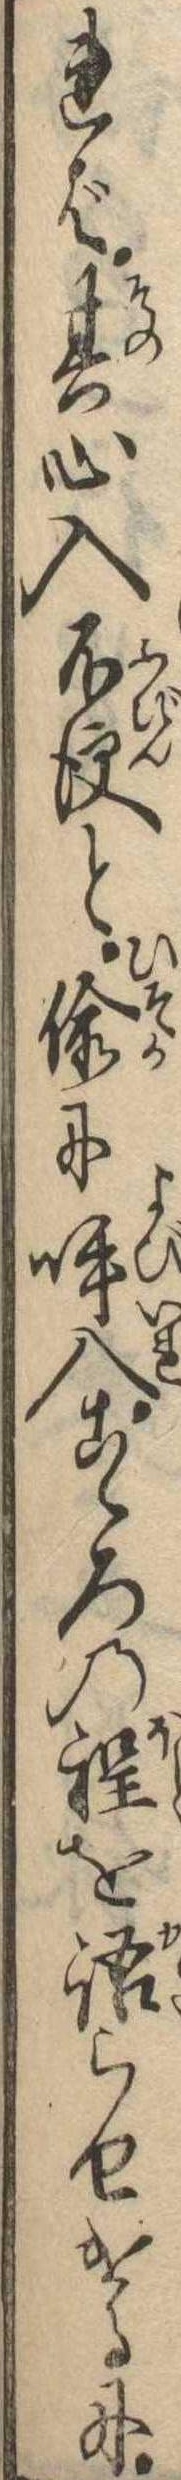
れば其心入不便と偸に呼入こゝろの程を語らせけるに